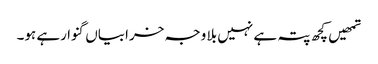
تمھیں کچھ پتہ ہے نہیں بلا وجہ خرابیاں گنوا رہے ہو۔